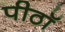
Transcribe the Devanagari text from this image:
पीठॉ